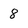
Character: 8